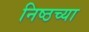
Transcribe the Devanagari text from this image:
निष्ठच्या